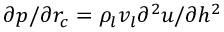
\partial p / \partial { r _ { c } } = { \rho _ { l } } { v _ { l } } { \partial ^ { 2 } } u / \partial { h ^ { 2 } }